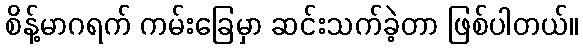
စိန့်မာဂရက် ကမ်းခြေမှာ ဆင်းသက်ခဲ့တာ ဖြစ်ပါတယ်။